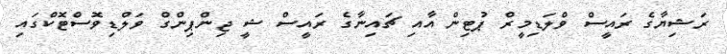
ރަޝިޔާގެ ރައީސް ވްލަޑިމީރް ޕުޓިން އާއި ޗައިނާގެ ރައީސް ޝީ ޖިންޕިންގް ވަލްޑިވޮސްޓޮކްގައި